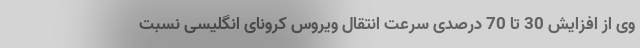
وی از افزایش 30 تا 70 درصدی سرعت انتقال ویروس کرونای انگلیسی نسبت